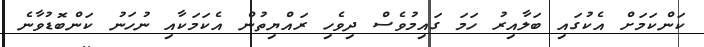
ކަންކަމަށް އެކުގައި ބަލާއިރު ހަމަ ގައިމުވެސް ދިވެހި ރައްޔިތުން އެކަމަކާއި ނުހަނު ކަންބޮޑުވާނެ